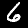
Digit: 6